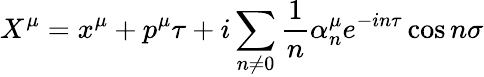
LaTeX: X^{\mu}=x^{\mu}+p^{\mu}\tau+i\sum_{n\neq 0}\frac{1}{n}{\alpha}_{n}^{\mu}e^{-in\tau}\cos{n\sigma}